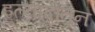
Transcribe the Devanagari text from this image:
इत्यादीतून